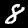
Label: 8